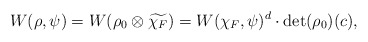
\begin{align*} W(\rho,\psi)=W(\rho_0\otimes\widetilde{\chi_F})=W(\chi_F,\psi)^d\cdot\det(\rho_0)(c), \end{align*}